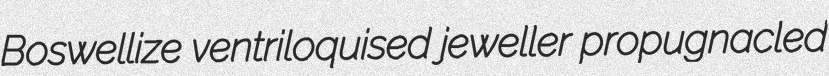
Boswellize ventriloquised jeweller propugnacled